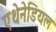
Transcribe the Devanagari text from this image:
एथेनेडियल